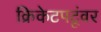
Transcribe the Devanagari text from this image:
क्रिकेटपटूंवर